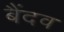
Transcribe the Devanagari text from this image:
बैंदव